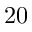
\mathrm { 2 0 }